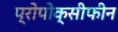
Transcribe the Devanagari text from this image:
प्रोपोक्सीफीन